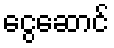
ငွေဆောင်